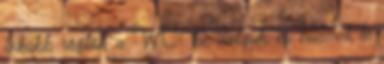
inkább rögtön a WC- be dobjuk, és húzzuk le